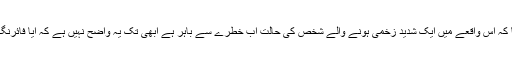
ذرائع ابلاغ نے لٹل راک پولیس کی ٹویٹ کے حوالہ سے بتایا کہ اس واقعے میں ایک شدید زخمی ہونے والے شخص کی حالت اب خطرے سے باہر ہے ابھی تک یہ واضح نہیں ہے کہ آیا فائرنگ کرنے والے کسی شخص کو گرفتار بھی کیا گیا ہے یا نہیں۔